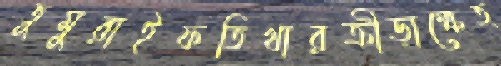
তুমুরাইফতিখারক্রীড়াক্ষেত্